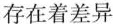
存在着差异